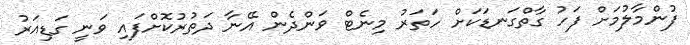
ފުންމާލުމަށް ފަހު ގާތްގަނޑަކަށް ހަތަރު މިނެޓް ވަންދެން އޭނާ ދަތުރުކޮށްފައި ވަނީ ގަޑިއަރު